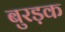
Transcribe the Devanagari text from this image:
बुरड़क